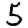
Digit: 5